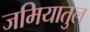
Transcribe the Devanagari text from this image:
जमियातुल